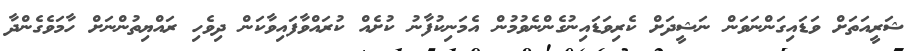
ޝަރީއަތަށް ވަޑައިގަންނަވަން ނަޝީދަށް ކެރިވަޑައިނުގެންނެވުމުން އެމަނިކުފާނު ކުށެއް ކުރައްވާފައިވާކަން ދިވެހި ރައްޔިތުންނަށް ހާމަވެގެންދާ